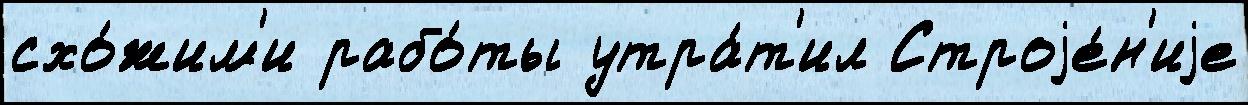
схо́жим'и рабо́ты утра́т'ил Строjе́н'иjе